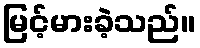
မြင့်မားခဲ့သည်။